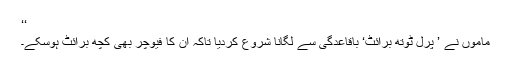
‘‘
ماموں نے ’ پرل ٹوتھ برائٹ‘ باقاعدگی سے لگانا شروع کردیا تاکہ ان کا فیوچر بھی کچھ برائٹ ہوسکے۔